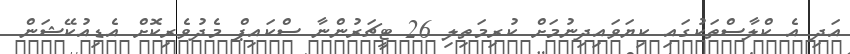
އަދި އެ ކްލާސްތަކުގައި ކިޔަވައިދިނުމަށް ކުރިމަތިލި 26 ޓީޗަރުންނާ ސްކައިޕް މެދުވެރިކޮށް އެޑިއުކޭޝަން